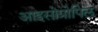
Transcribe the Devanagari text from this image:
आइसोप्रोपिल